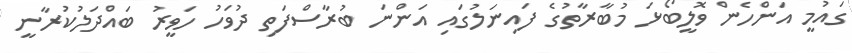
ގައުމީ އަންހެން ވޮލީބޯޅަ މުބާރާތުގެ ފައިނަލުގައި އަންނަ ބުރާސްފަތި ދުވަހު ހަވީރު ބައްދަލުކުރާނީ